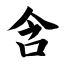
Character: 含